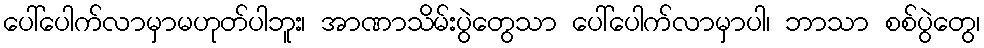
ပေါ်ပေါက်လာမှာမဟုတ်ပါဘူး၊ အာဏာသိမ်းပွဲတွေသာ ပေါ်ပေါက်လာမှာပါ၊ ဘာသာ စစ်ပွဲတွေ၊